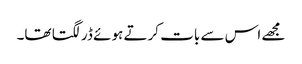
مجھے اس سے بات کرتے ہوئے ڈر لگتا تھا۔